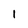
Character: 1